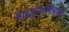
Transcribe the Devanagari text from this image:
हाइड्रोपरॉक्साइड